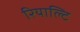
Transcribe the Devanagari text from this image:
रियाल्टि